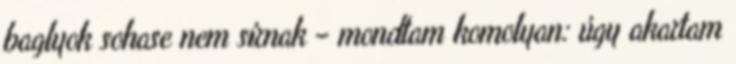
baglyok sohase nem sírnak – mondtam komolyan: úgy akartam